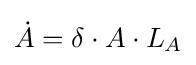
{\dot {A}}=\delta \cdot A\cdot L_{A}